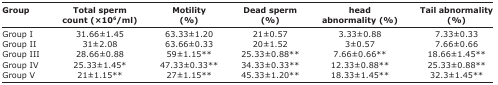
<table><thead><tr><td><b>Group</b></td><td><b>Total sperm count (×10<sup>6</sup>/ml)</b></td><td><b>Motility (%)</b></td><td><b>Dead sperm (%)</b></td><td><b>head abnormality (%)</b></td><td><b>Tail abnormality (%)</b></td></tr></thead><tbody><tr><td>Group I</td><td>31.66±1.45</td><td>63.33±1.20</td><td>21±0.57</td><td>3.33±0.88</td><td>7.33±0.33</td></tr><tr><td>Group II</td><td>31±2.08</td><td>63.66±0.33</td><td>20±1.52</td><td>3±0.57</td><td>7.66±0.66</td></tr><tr><td>Group III</td><td>28.66±0.88</td><td>59±1.15**</td><td>25.33±0.88**</td><td>7.66±0.66**</td><td>18.66±1.45**</td></tr><tr><td>Group IV</td><td>25.33±1.45*</td><td>47.33±0.33**</td><td>34.33±0.33**</td><td>12.33±0.88**</td><td>25.33±0.88**</td></tr><tr><td>Group V</td><td>21±1.15**</td><td>27±1.15**</td><td>45.33±1.20**</td><td>18.33±1.45**</td><td>32.3±1.45**</td></tr></tbody></table>